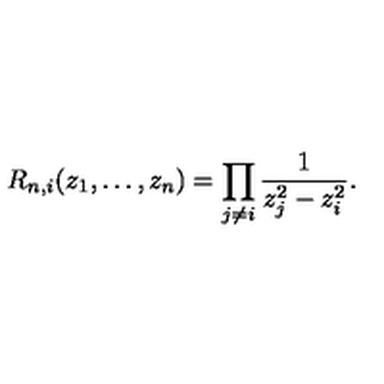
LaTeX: R _ { n , i } ( z _ { 1 } , \dots , z _ { n } ) = \prod _ { j \not = i } \frac { 1 } { z _ { j } ^ { 2 } - z _ { i } ^ { 2 } } .